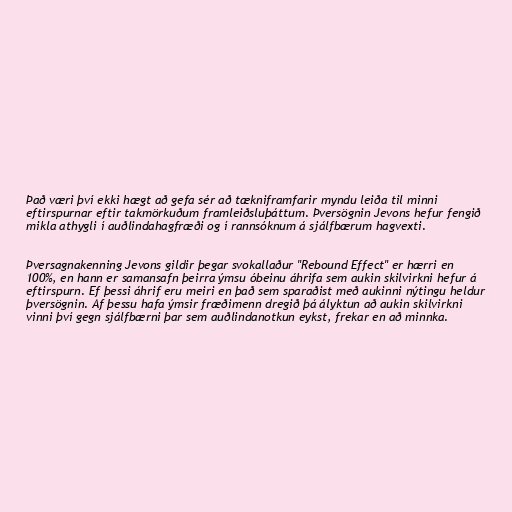
Það væri því ekki hægt að gefa sér að tækniframfarir myndu leiða til minni
eftirspurnar eftir takmörkuðum framleiðsluþáttum. Þversögnin Jevons hefur fengið
mikla athygli í auðlindahagfræði og í rannsóknum á sjálfbærum hagvexti.

Þversagnakenning Jevons gildir þegar svokallaður "Rebound Effect" er hærri en
100%, en hann er samansafn þeirra ýmsu óbeinu áhrifa sem aukin skilvirkni hefur á
eftirspurn. Ef þessi áhrif eru meiri en það sem sparaðist með aukinni nýtingu heldur
þversögnin. Af þessu hafa ýmsir fræðimenn dregið þá ályktun að aukin skilvirkni
vinni því gegn sjálfbærni þar sem auðlindanotkun eykst, frekar en að minnka.